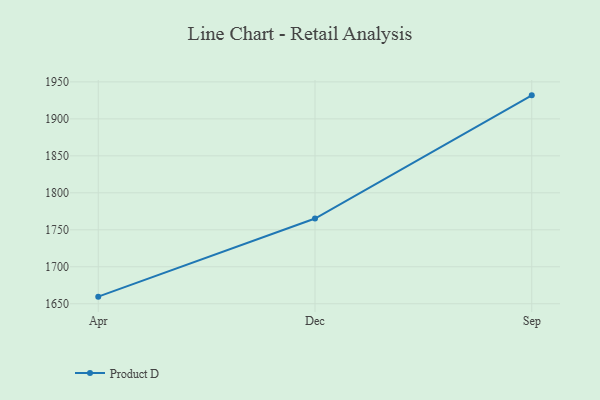
{"axis": {"x": "Month", "y": "Active Users"}, "legend": ["Product D"], "data": [{"x": "Apr", "y": 1659.6, "type": "Product D"}, {"x": "Dec", "y": 1765.2, "type": "Product D"}, {"x": "Sep", "y": 1931.8, "type": "Product D"}]}